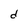
Character: d